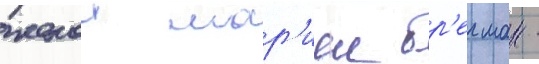
женои мар'иеи бр'егман -